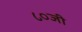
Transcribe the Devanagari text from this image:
८०जी